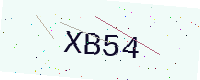
Text: XB54